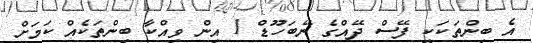
އެ ބިންތަކަކީ ފޭސް ދޭއްގެ ނޭބަހޫޑް 1 އިން ވިއްކާ ބިންތަކެއް ކަމަށް